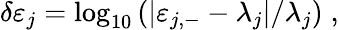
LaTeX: \begin{array}{r}{\delta\varepsilon_{j}=\log_{10}\left(|\varepsilon_{j,-}-\lambda_{j}|/\lambda_{j}\right)\; ,}\end{array}